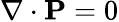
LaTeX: \nabla\cdot\mathbf{P}=0